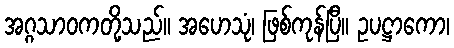
အဂ္ဂသာဝကတို့သည်။ အဟေသုံ၊ ဖြစ်ကုန်ပြီ။ ဥပဋ္ဌာကော၊